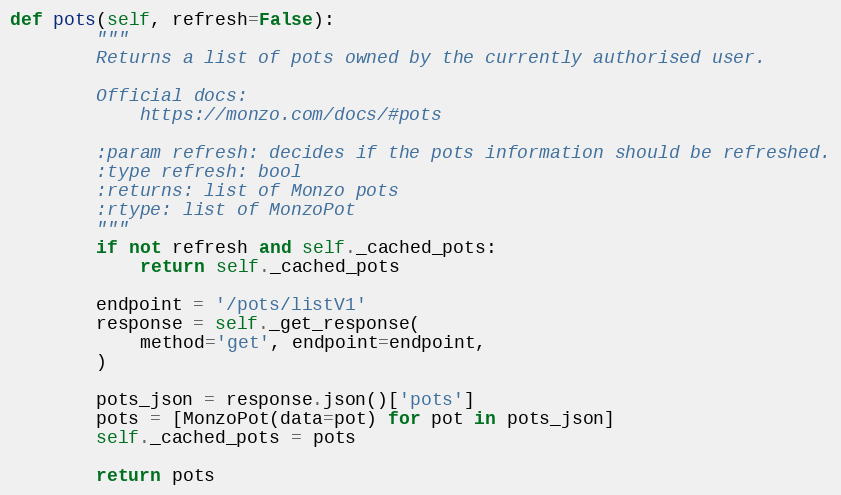
Language: Python
def pots(self, refresh=False):
        """
        Returns a list of pots owned by the currently authorised user.

        Official docs:
            https://monzo.com/docs/#pots

        :param refresh: decides if the pots information should be refreshed.
        :type refresh: bool
        :returns: list of Monzo pots
        :rtype: list of MonzoPot
        """
        if not refresh and self._cached_pots:
            return self._cached_pots

        endpoint = '/pots/listV1'
        response = self._get_response(
            method='get', endpoint=endpoint,
        )

        pots_json = response.json()['pots']
        pots = [MonzoPot(data=pot) for pot in pots_json]
        self._cached_pots = pots

        return pots